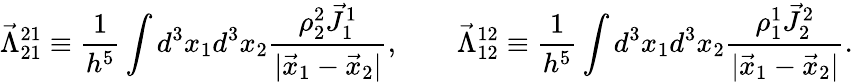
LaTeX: \vec{\Lambda}_{21}^{21}\equiv\frac{1}{h^{5}}\int d^{3}x_{1}d^{3}x_{2}\frac{\rho_{2}^{2}\vec{J}_{1}^{1}}{|\vec{x}_{1}-\vec{x}_{2}|},\qquad\vec{\Lambda}_{12}^{12}\equiv\frac{1}{h^{5}}\int d^{3}x_{1}d^{3}x_{2}\frac{\rho_{1}^{1}\vec{J}_{2}^{2}}{|\vec{x}_{1}-\vec{x}_{2}|}.